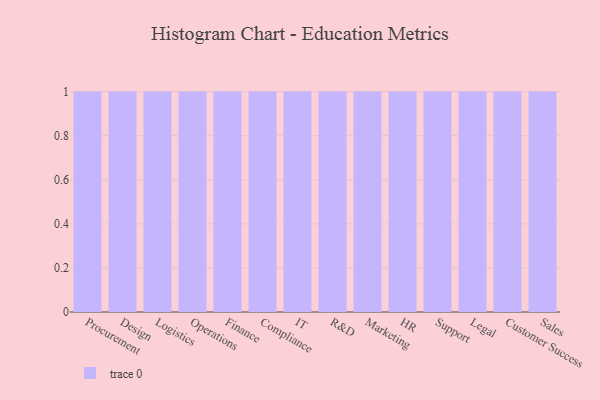
{"axis": {"x": "Department", "y": "Net Income (USD K)"}, "legend": [""], "data": [{"x": "Procurement", "y": 82, "type": ""}, {"x": "Design", "y": 93, "type": ""}, {"x": "Logistics", "y": 72, "type": ""}, {"x": "Operations", "y": 69, "type": ""}, {"x": "Finance", "y": 67, "type": ""}, {"x": "Compliance", "y": 74, "type": ""}, {"x": "IT", "y": 10, "type": ""}, {"x": "R&D", "y": 79, "type": ""}, {"x": "Marketing", "y": 77, "type": ""}, {"x": "HR", "y": 16, "type": ""}, {"x": "Support", "y": 20, "type": ""}, {"x": "Legal", "y": 45, "type": ""}, {"x": "Customer Success", "y": 16, "type": ""}, {"x": "Sales", "y": 37, "type": ""}]}